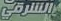
الشرقي